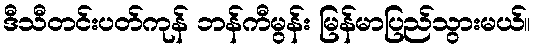
ဒီသီတင်းပတ်ကုန် ဘန်ကီမွန်း မြန်မာပြည်သွားမယ်။